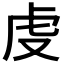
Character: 𧆛